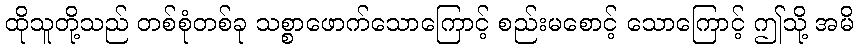
ထိုသူတို့သည် တစ်စုံတစ်ခု သစ္စာဖောက်သောကြောင့် စည်းမစောင့် သောကြောင့် ဤသို့ အမိ